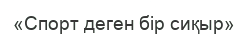
«Спорт деген бір сиқыр»